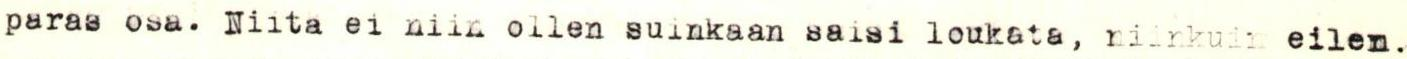
paras osa. Niitä ei niin ollen suinkaan saisi loukata, niinkuin eilen.